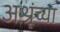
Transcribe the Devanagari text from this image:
अश्रूंच्या